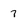
Character: 7